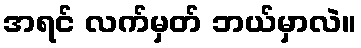
အရင် လက်မှတ် ဘယ်မှာလဲ။